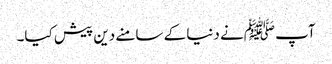
آپ ﷺنے دنیا کے سامنے دین پیش کیا۔